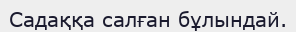
Садаққа салған бұлындай.